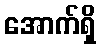
အောက်ရှိ